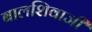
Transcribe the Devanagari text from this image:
बालशिवाजी